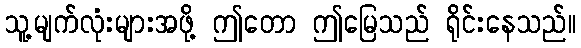
သူ့မျက်လုံးများအဖို့ ဤတော ဤမြေသည် ရိုင်းနေသည်။